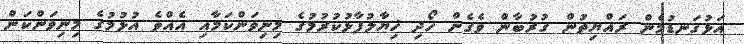
އަޅުގަނޑުމެން ރައްޔިތުން ގުރުބާން ވެގެން ހޯދި ޚިޔާލުފާޅުކުރުމުގެ މިނިވަންކަމާއި އެއްވެ އުޅުމުގެ މިނިވަންކަން